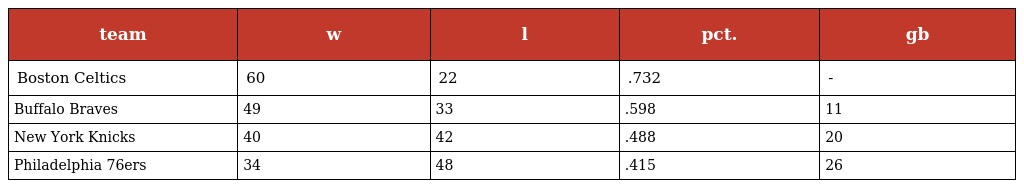
| team | w | l | pct. | gb |
 | --- | --- | --- | --- | --- |
 | Boston Celtics | 60 | 22 | .732 | - |
 | Buffalo Braves | 49 | 33 | .598 | 11 |
 | New York Knicks | 40 | 42 | .488 | 20 |
 | Philadelphia 76ers | 34 | 48 | .415 | 26 |